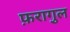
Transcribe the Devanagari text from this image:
फ़रागु़ल